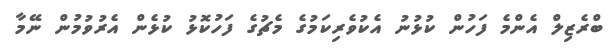
ބްރެޒިލް އެންމެ ފަހުން ކުޅުނު އެކުވެރިކަމުގެ މެޗުގެ ފަހުކޮޅު ކުޅެން އެރުވުމުން ނޭމާ